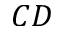
C D